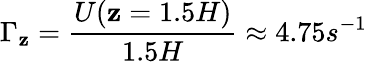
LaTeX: \Gamma_{\mathbf{z}}=\frac{{U(\mathbf{z}=1.5H)}}{{1.5H}}\approx4.75s^{-1}